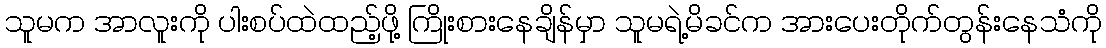
သူမက အာလူးကို ပါးစပ်ထဲထည့်ဖို့ ကြိုးစားနေချိန်မှာ သူမရဲ့မိခင်က အားပေးတိုက်တွန်းနေသံကို